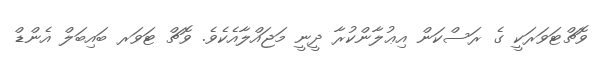
ވޮޗްޓަވަރަކީ ގެ ރަސްކަން އިޢުލާންކުރާ ދީނީ މަޖައްލާއެކެވެ. ވޮޗް ޓަވަރ ބައިބަލް އެންޑް